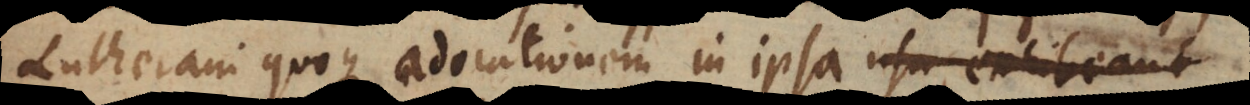
Lutherani quoque adorationem in ipsa usu